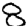
Digit: 8